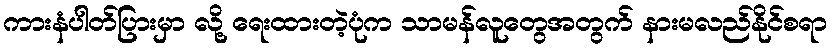
ကားနံပါတ်ပြားမှာ လို့ ရေးထားတဲ့ပုံက သာမန်လူတွေအတွက် နားမလည်နိုင်စရာ